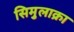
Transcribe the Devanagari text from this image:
सिमुलाक्रा